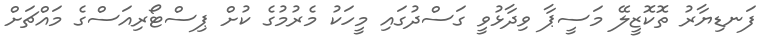
ފަނޑިޔާރު ތޮކޮޒީލޭ މަސީޕާ ވިދާޅުވީ ގަސްދުގައި މީހަކު މެރުމުގެ ކުށް ޕިސްޓޯރިއަސްގެ މައްޗަށް